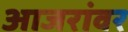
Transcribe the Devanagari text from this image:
आजरांवर